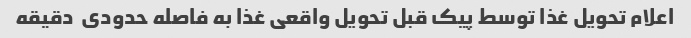
اعلام تحویل غذا توسط پیک قبل تحویل واقعی غذا به فاصله حدودی  دقیقه